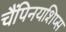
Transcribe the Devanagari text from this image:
चैंपिनयशिप्स